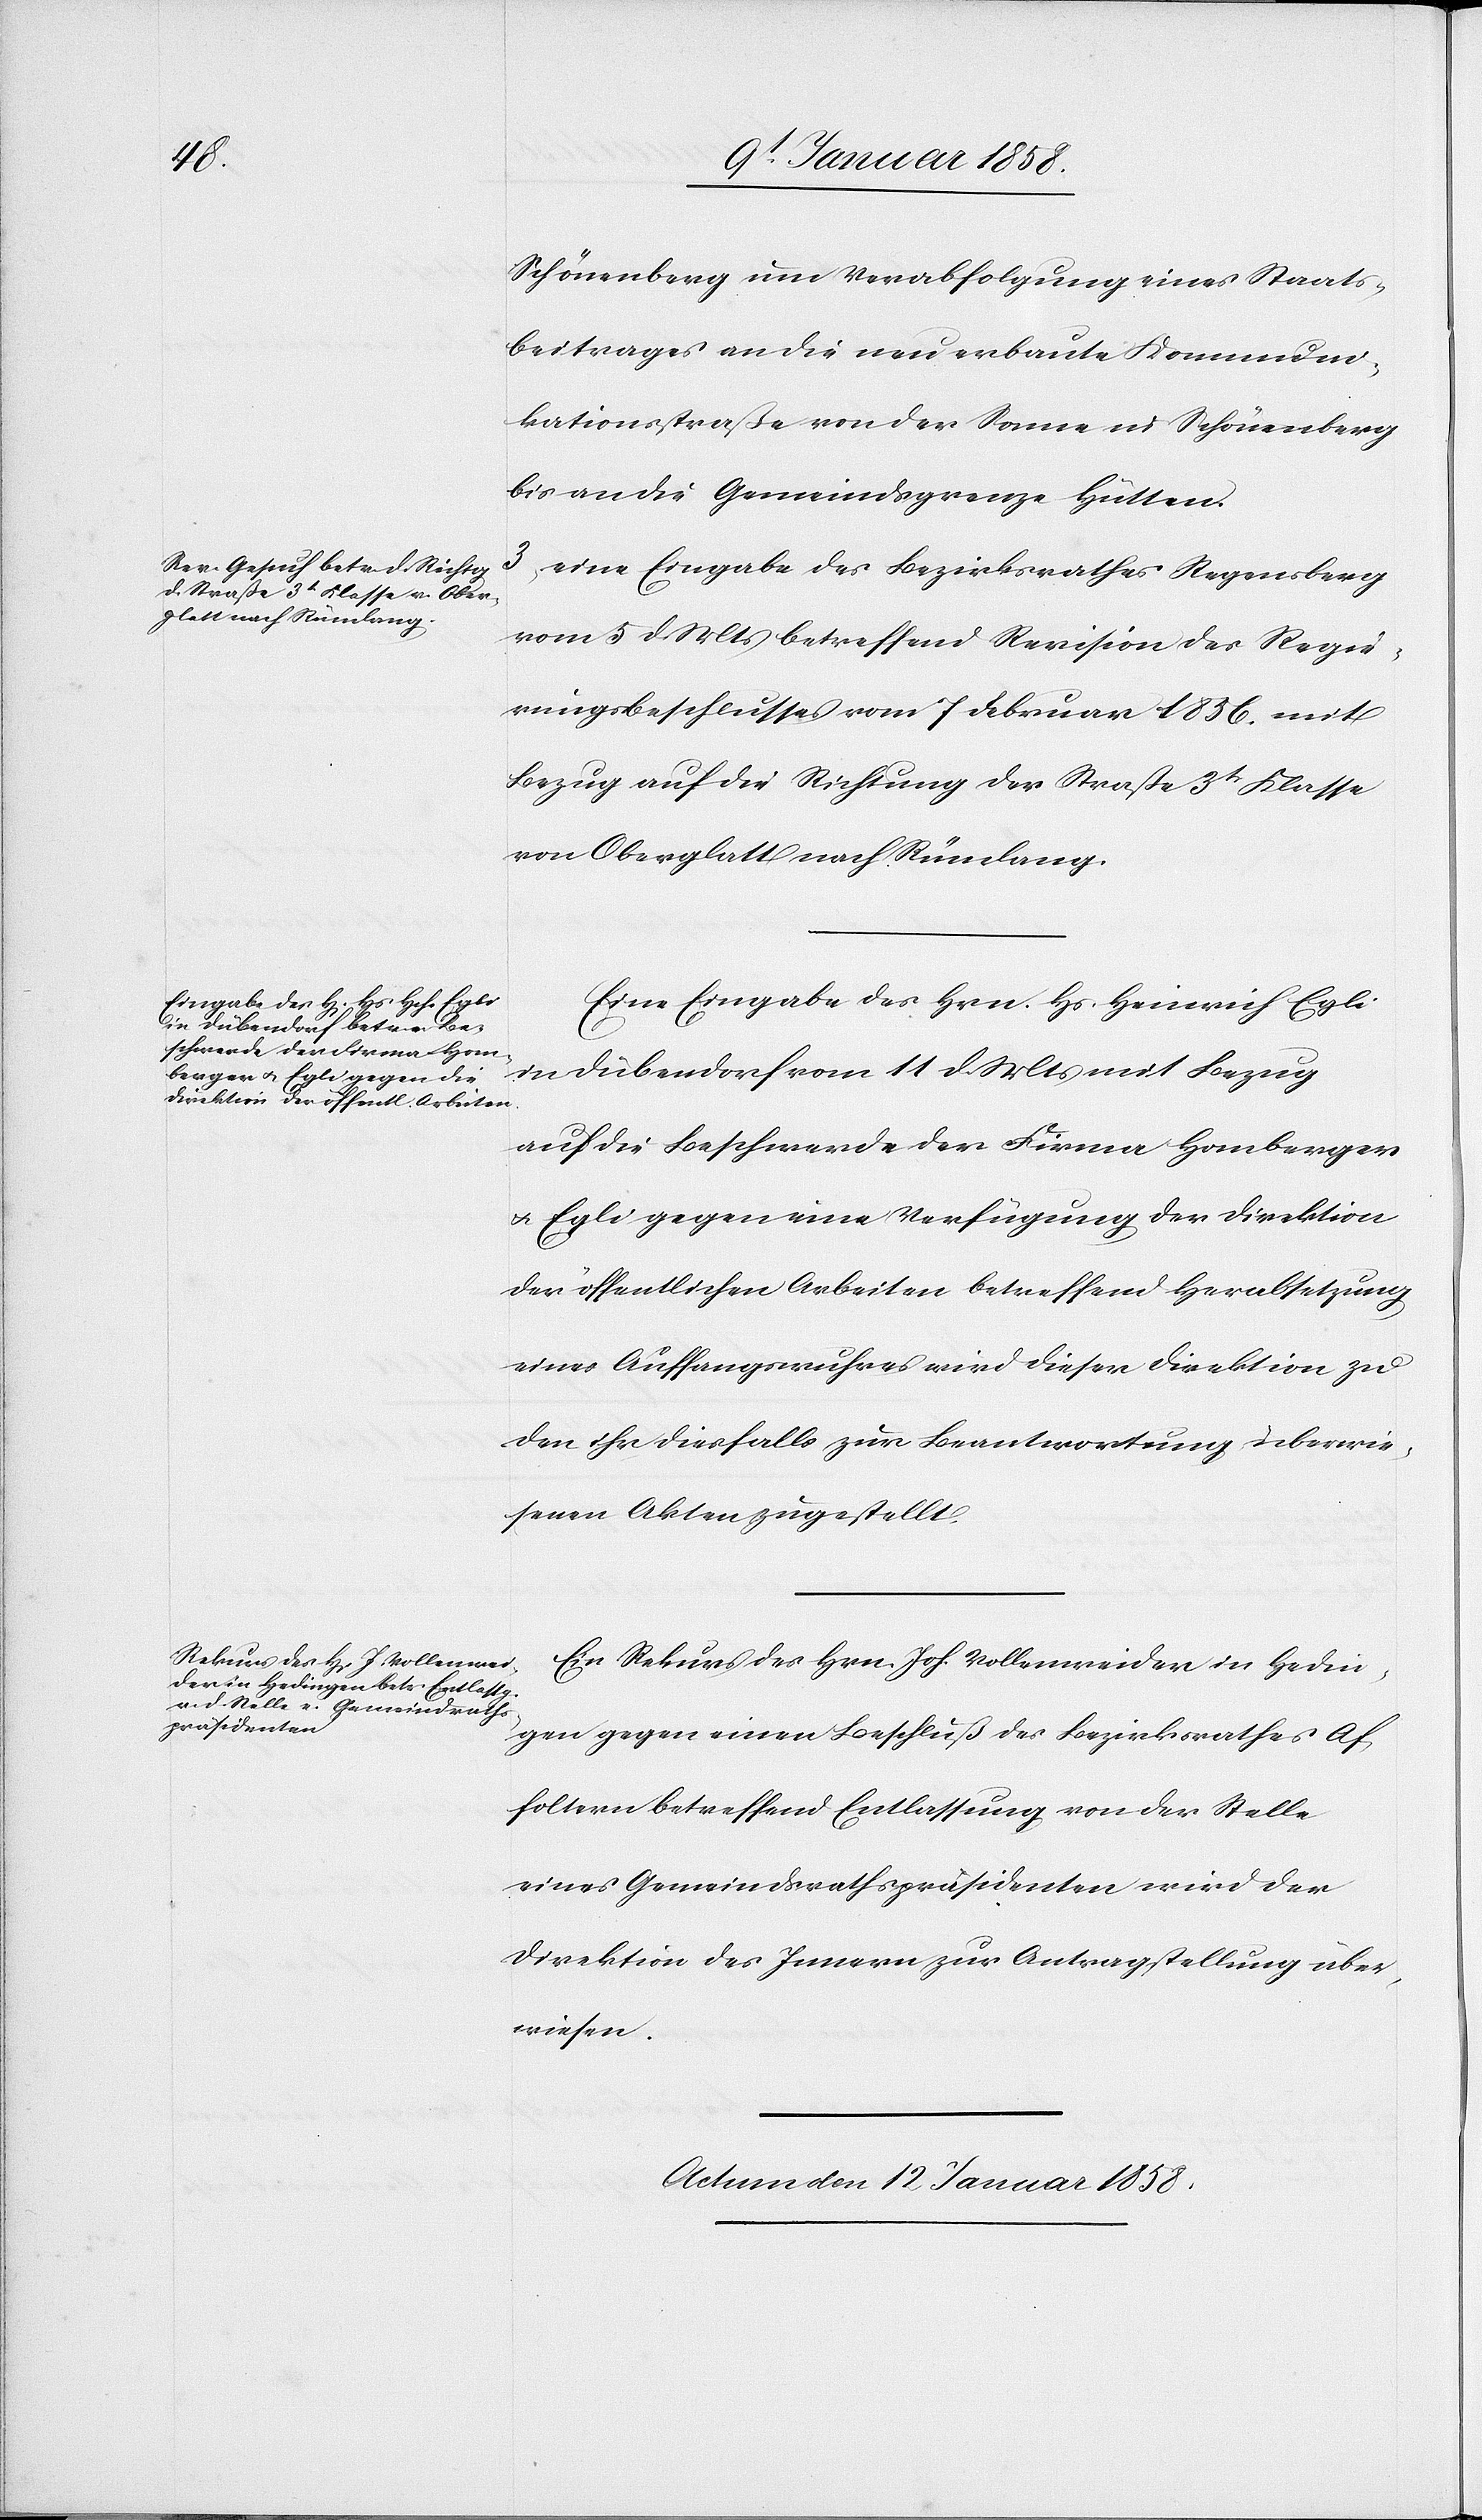
Schönenberg um Verabfolgung eines Staats¬
beitrages an die neu erbaute Kommuni¬
kationsstraße von der Sonne in Schönenberg
bis an die Gemeindsgrenze Hütten.
3, eine Eingabe des Bezirksrathes Regensberg
vom 5 d. Mts betreffend Revision des Regie¬
rungsbeschlusses vom 7 Februar 1856. mit
Bezug auf die Richtung der Straße 3t. Klasse
von Oberglatt nach Rümlang.
Eine Eingabe des Hrn. Hs. Heinrich Egli
in Dübendorf vom 11 d. Mts mit Bezug
auf die Beschwerde der Firma Homberger
u. Egli gegen eine Verfügung der Direktion
der öffentlichen Arbeiten betreffend Herabsetzung
eines Auffangswuhres wird dieser Direktion zu
den ihr diesfalls zur Beantwortung überwie¬
senen Akten zugestellt.
Ein Rekurs des Hrn. Joh. Vollenweider in Hedin¬
gen gegen einen Beschluß des Bezirksrathes Af¬
foltern betreffend Entlassung von der Stelle
eines Gemeindsrathspräsidenten wird der
Direktion des Innern zur Antragstellung über¬
wiesen.
Actum den 12 Januar 1858.